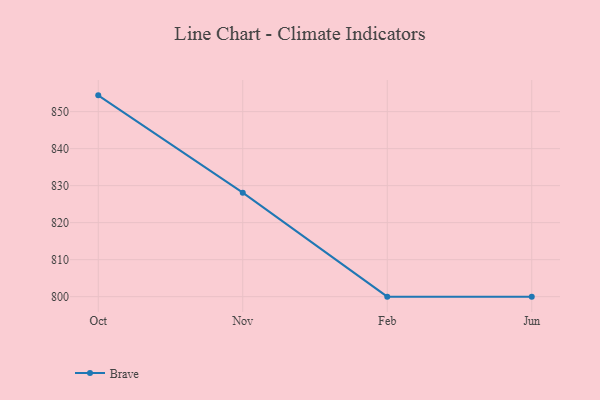
{"axis": {"x": "Month", "y": "Demand Index"}, "legend": ["Brave"], "data": [{"x": "Oct", "y": 854.4, "type": "Brave"}, {"x": "Nov", "y": 828.1, "type": "Brave"}, {"x": "Feb", "y": 800, "type": "Brave"}, {"x": "Jun", "y": 800, "type": "Brave"}]}